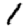
Digit: 1